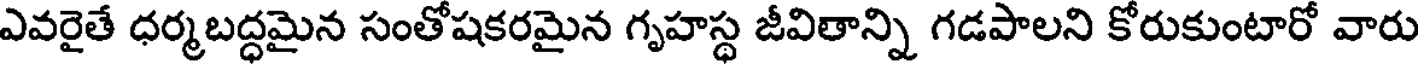
ఎవరైతే ధర్మబద్ధమైన సంతోషకరమైన గృహస్థ జీవితాన్ని గడపాలని కోరుకుంటారో వారు